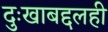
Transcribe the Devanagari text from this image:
दुःखाबद्दलही